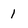
Character: 1